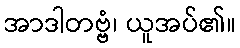
အာဒါတဗ္ဗံ၊ ယူအပ်၏။